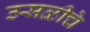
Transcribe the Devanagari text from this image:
उसळीचे